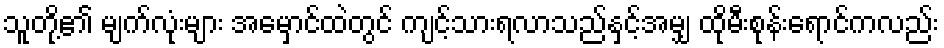
သူတို့၏ မျက်လုံးများ အမှောင်ထဲတွင် ကျင့်သားရလာသည်နှင့်အမျှ ထိုမီးစုန်းရောင်ကလည်း